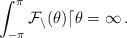
LaTeX: \begin{align*}\int_{-\pi}^\pi \cal{F}_n(\theta)d\theta=1\,.\end{align*}